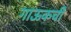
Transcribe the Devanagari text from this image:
गाऊकची